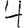
Digit: 4